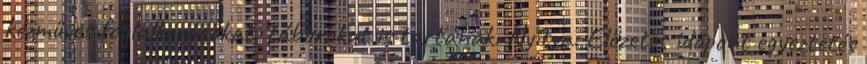
kézműves foglalkozásokat, táborokat is tartanak. Nyitva: Előzetes időpont egyeztetés